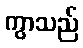
ကွာသည်